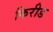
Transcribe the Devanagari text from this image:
किरीड